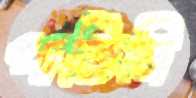
পাতিনি